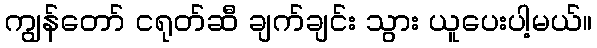
ကျွန်တော် ငရုတ်ဆီ ချက်ချင်း သွား ယူပေးပါ့မယ်။